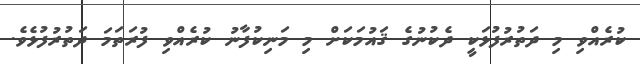
ކުރެއްވި މި ދަތުރުފުޅަކީ ދެކުނުގެ ޤައުމަކަށް މި މަނިކުފާނު ކުރެއްވި ފުރަތަމަ ދަތުރުފުޅެވެ.